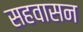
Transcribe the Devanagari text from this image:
सहवासन